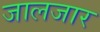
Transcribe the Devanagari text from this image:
जालजार